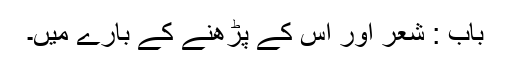
باب : شعر اور اس کے پڑھنے کے بارے میں۔